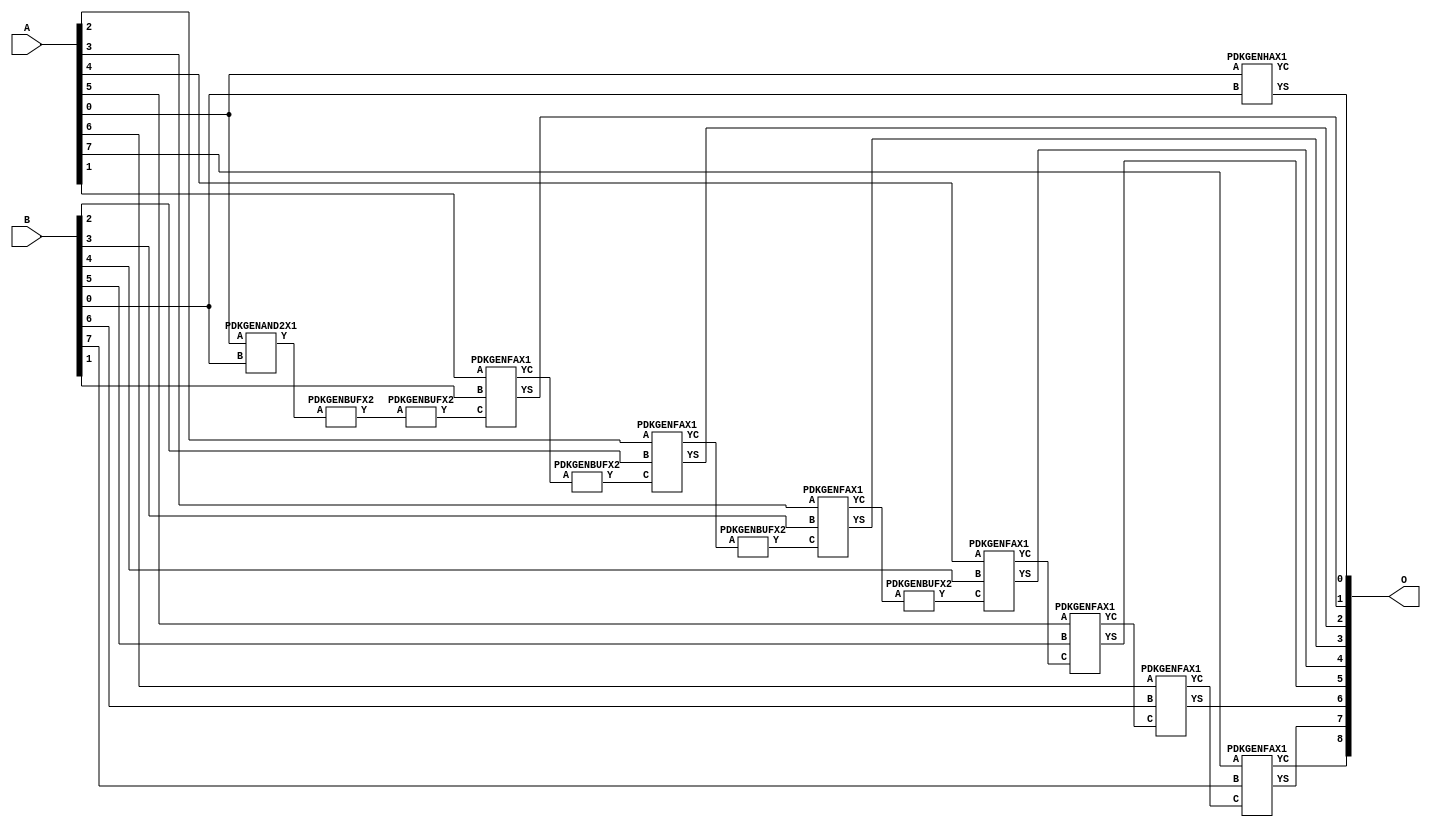
// Library = EvoApprox8b
// Circuit = add8_058
// Area   (180) = 1072
// Delay  (180) = 1.920
// Power  (180) = 385.70
// Area   (45) = 81
// Delay  (45) = 0.750
// Power  (45) = 36.22
// Nodes = 14
// HD = 0
// MAE = 0.00000
// MSE = 0.00000
// MRE = 0.00 %
// WCE = 0
// WCRE = 0 %
// EP = 0.0 %

module add8_058(A, B, O);
  input [7:0] A;
  input [7:0] B;
  output [8:0] O;
  wire [2031:0] N;

  assign N[0] = A[0];
  assign N[1] = A[0];
  assign N[2] = A[1];
  assign N[3] = A[1];
  assign N[4] = A[2];
  assign N[5] = A[2];
  assign N[6] = A[3];
  assign N[7] = A[3];
  assign N[8] = A[4];
  assign N[9] = A[4];
  assign N[10] = A[5];
  assign N[11] = A[5];
  assign N[12] = A[6];
  assign N[13] = A[6];
  assign N[14] = A[7];
  assign N[15] = A[7];
  assign N[16] = B[0];
  assign N[17] = B[0];
  assign N[18] = B[1];
  assign N[19] = B[1];
  assign N[20] = B[2];
  assign N[21] = B[2];
  assign N[22] = B[3];
  assign N[23] = B[3];
  assign N[24] = B[4];
  assign N[25] = B[4];
  assign N[26] = B[5];
  assign N[27] = B[5];
  assign N[28] = B[6];
  assign N[29] = B[6];
  assign N[30] = B[7];
  assign N[31] = B[7];

  PDKGENAND2X1 n32(.A(N[0]), .B(N[16]), .Y(N[32]));
  PDKGENBUFX2 n48(.A(N[32]), .Y(N[48]));
  assign N[49] = N[48];
  PDKGENBUFX2 n50(.A(N[49]), .Y(N[50]));
  PDKGENHAX1 n76(.A(N[0]), .B(N[16]), .YS(N[76]), .YC(N[77]));
  PDKGENFAX1 n82(.A(N[2]), .B(N[18]), .C(N[50]), .YS(N[82]), .YC(N[83]));
  PDKGENBUFX2 n114(.A(N[83]), .Y(N[114]));
  assign N[115] = N[114];
  PDKGENFAX1 n132(.A(N[4]), .B(N[20]), .C(N[115]), .YS(N[132]), .YC(N[133]));
  PDKGENBUFX2 n174(.A(N[133]), .Y(N[174]));
  PDKGENFAX1 n182(.A(N[6]), .B(N[22]), .C(N[174]), .YS(N[182]), .YC(N[183]));
  PDKGENBUFX2 n210(.A(N[183]), .Y(N[210]));
  assign N[211] = N[210];
  PDKGENFAX1 n232(.A(N[8]), .B(N[24]), .C(N[211]), .YS(N[232]), .YC(N[233]));
  PDKGENFAX1 n282(.A(N[10]), .B(N[26]), .C(N[233]), .YS(N[282]), .YC(N[283]));
  PDKGENFAX1 n332(.A(N[12]), .B(N[28]), .C(N[283]), .YS(N[332]), .YC(N[333]));
  PDKGENFAX1 n382(.A(N[14]), .B(N[30]), .C(N[333]), .YS(N[382]), .YC(N[383]));

  assign O[0] = N[76];
  assign O[1] = N[82];
  assign O[2] = N[132];
  assign O[3] = N[182];
  assign O[4] = N[232];
  assign O[5] = N[282];
  assign O[6] = N[332];
  assign O[7] = N[382];
  assign O[8] = N[383];

endmodule
/* mod */
module PDKGENHAX1( input A, input B, output YS, output YC );
    assign YS = A ^ B;
    assign YC = A & B;
endmodule
/* mod */
module PDKGENAND2X1(input A, input B, output Y );
     assign Y = A & B;
endmodule
/* mod */
module PDKGENFAX1( input A, input B, input C, output YS, output YC );
    assign YS = (A ^ B) ^ C;
    assign YC = (A & B) | (B & C) | (A & C);
endmodule
/* mod */
module PDKGENBUFX2(input A, output Y );
     assign Y = A;
endmodule